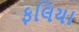
ફલિયા